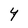
Character: Y